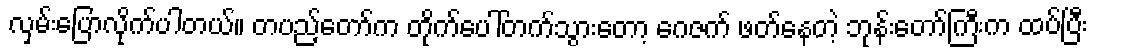
လှမ်းပြောလိုက်ပါတယ်။ တပည့်တော်က တိုက်ပေါ်တက်သွားတော့ ဂေဇက် ဖတ်နေတဲ့ ဘုန်းတော်ကြီးက ထပ်ပြီး